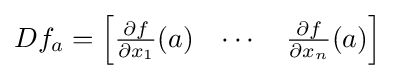
Df_{a}={\begin{bmatrix}{\frac {\partial f}{\partial x_{1}}}(a)&\cdots &{\frac {\partial f}{\partial x_{n}}}(a)\end{bmatrix}}